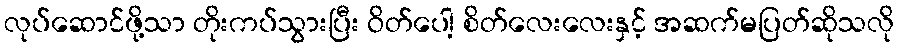
လုပ်ဆောင်ဖို့သာ တိုးကပ်သွားပြီး ဝိတ်ပေါ့ စိတ်လေးလေးနှင့် အဆက်မပြတ်ဆိုသလို